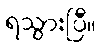
ရသွားပြီ။